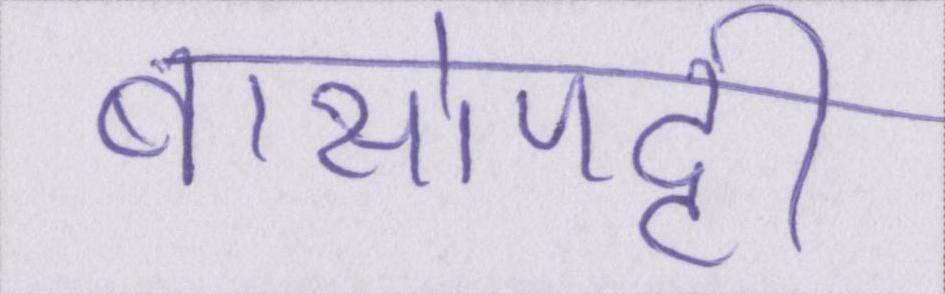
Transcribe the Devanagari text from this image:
बासोपट्टी